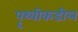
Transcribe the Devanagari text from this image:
पॄथ्वीकडील